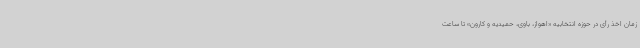
زمان اخذ رأی در حوزه انتخابیه «اهواز، باوی، حمیدیه و کارون» تا ساعت